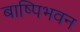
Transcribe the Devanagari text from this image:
बाष्पिभवन